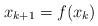
LaTeX: \begin{align*}x_{k+1} = f(x_k)\end{align*}